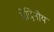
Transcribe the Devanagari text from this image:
मेदिनीय